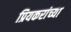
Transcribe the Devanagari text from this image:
प्रियकरांच्या